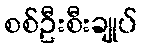
စစ်ဦးစီးချုပ်